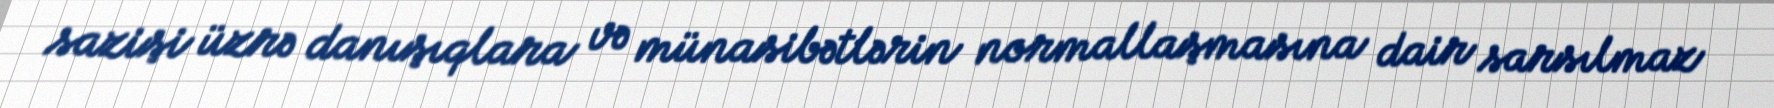
sazişi üzrə danışıqlara və münasibətlərin normallaşmasına dair sarsılmaz